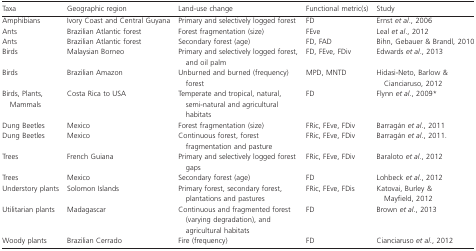
| Taxa | Geographic region | Land-use change | Functional metric(s) | Study |
 | --- | --- | --- | --- | --- |
 | Amphibians | Ivory Coast and Central Guyana | Primary and selectively logged forest | FD | Ernst et al., 2006 |
 | Ants | Brazilian Atlantic forest | Forest fragmentation (size) | FEve | Leal et al., 2012 |
 | Ants | Brazilian Atlantic forest | Secondary forest (age) | FD, FAD | Bihn, Gebauer & Brandl, 2010 |
 | Birds | Malaysian Borneo | Primary and selectively logged forest, and oil palm | FD, FEve, FDiv | Edwards et al., 2013 |
 | Birds | Brazilian Amazon | Unburned and burned (frequency) forest | MPD, MNTD | Hidasi-Neto, Barlow & Cianciaruso, 2012 |
 | Birds, Plants, Mammals | Costa Rica to USA | Temperate and tropical, natural, semi-natural and agricultural habitats | FD | Flynn et al., 2009* |
 | Dung Beetles | Mexico | Forest fragmentation (size) | FRic, FEve, FDiv | Barragán et al., 2011 |
 | Dung Beetles | Mexico | Continuous forest, forest fragmentation and pasture | FRic, FEve, FDiv | Barragán et al., 2011. |
 | Trees | French Guiana | Primary and selectively logged forest gaps | FRic, FEve, FDiv | Baraloto et al., 2012 |
 | Trees | Mexico | Secondary forest (age) | FD | Lohbeck et al., 2012 |
 | Understory plants | Solomon Islands | Primary forest, secondary forest, plantations and pastures | FRic, FEve, FDis | Katovai, Burley & Mayfield, 2012 |
 | Utilitarian plants | Madagascar | Continuous and fragmented forest (varying degradation), and agricultural habitats | FD | Brown et al., 2013 |
 | Woody plants | Brazilian Cerrado | Fire (frequency) | FD | Cianciaruso et al., 2012 |